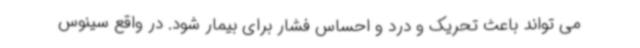
می تواند باعث تحریک و درد و احساس فشار برای بیمار شود. در واقع سینوس